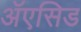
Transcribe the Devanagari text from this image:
ॲएसिड